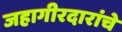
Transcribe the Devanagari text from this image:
जहागीरदारांचे